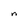
Character: n